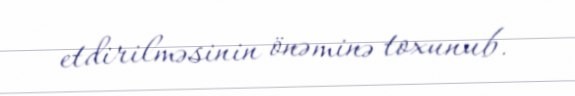
etdirilməsinin önəminə toxunub.